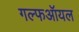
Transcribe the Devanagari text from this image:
गल्फऑयल